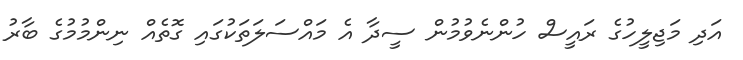
އަދި މަޖިލީހުގެ ރައީސް ހުންނެވުމުން ސީދާ އެ މައްސަލަތަކުގައި ގޮތެއް ނިންމުމުގެ ބާރު